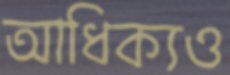
আধিক্যও